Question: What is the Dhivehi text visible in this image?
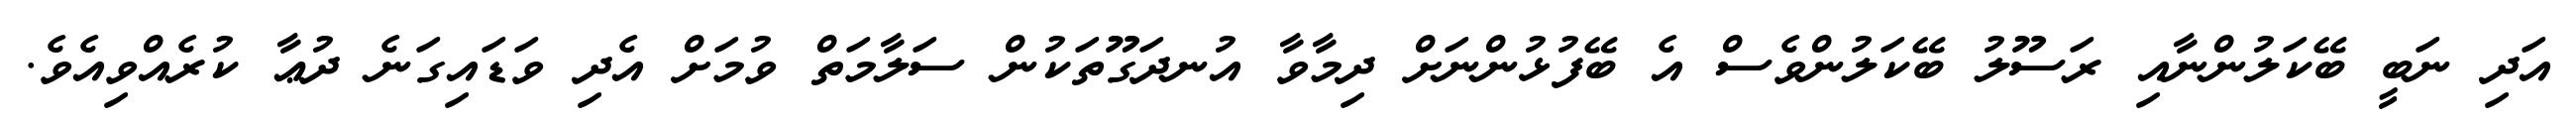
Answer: އަދި ނަބީ ބޭކަލުންނާއި ރަސޫލު ބޭކަލުންވެސް އެ ބޭފުޅުންނަށް ދިމާވާ އުނދަގޫތަކުން ސަލާމަތް ވުމަށް އެދި ވަޑައިގަނެ ދުޢާ ކުރެއްވިއެވެ.